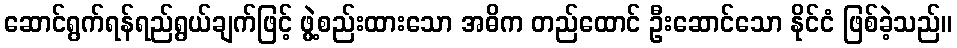
ဆောင်ရွက်ရန်ရည်ရွယ်ချက်ဖြင့် ဖွဲ့စည်းထားသော အဓိက တည်ထောင် ဦးဆောင်သော နိုင်ငံ ဖြစ်ခဲ့သည်။